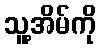
သူ့အိမ်ကို